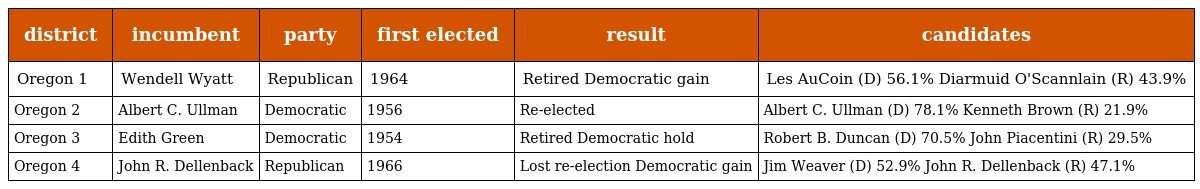
| district | incumbent | party | first elected | result | candidates |
 | --- | --- | --- | --- | --- | --- |
 | Oregon 1 | Wendell Wyatt | Republican | 1964 | Retired Democratic gain | Les AuCoin (D) 56.1% Diarmuid O'Scannlain (R) 43.9% |
 | Oregon 2 | Albert C. Ullman | Democratic | 1956 | Re-elected | Albert C. Ullman (D) 78.1% Kenneth Brown (R) 21.9% |
 | Oregon 3 | Edith Green | Democratic | 1954 | Retired Democratic hold | Robert B. Duncan (D) 70.5% John Piacentini (R) 29.5% |
 | Oregon 4 | John R. Dellenback | Republican | 1966 | Lost re-election Democratic gain | Jim Weaver (D) 52.9% John R. Dellenback (R) 47.1% |